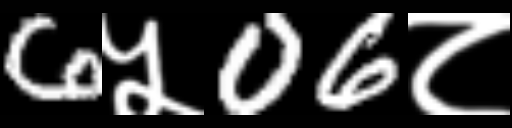
Text: 6५06८